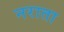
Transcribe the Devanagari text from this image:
नराता